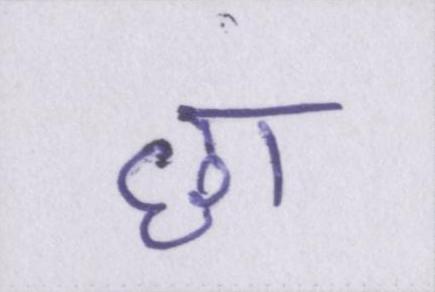
छा